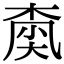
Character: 𡙚